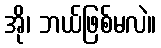
အို၊ ဘယ်ဖြစ်မလဲ။